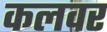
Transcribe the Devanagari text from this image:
कलवर